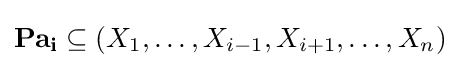
\mathbf {Pa_{i}} \subseteq (X_{1},\ldots ,X_{i-1},X_{i+1},\ldots ,X_{n})